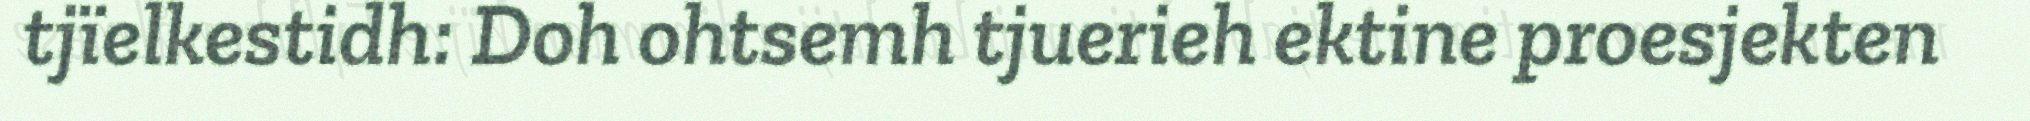
tjïelkestidh: Doh ohtsemh tjuerieh ektine proesjekten